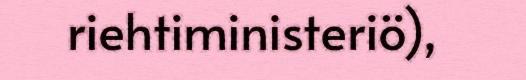
riehtiministeriö),